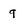
Character: q